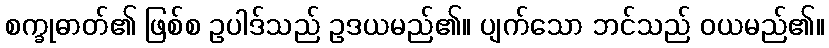
စက္ခုဓာတ်၏ ဖြစ်စ ဥပါဒ်သည် ဥဒယမည်၏။ ပျက်သော ဘင်သည် ဝယမည်၏။